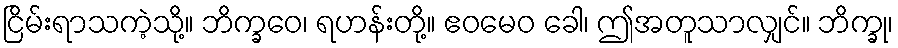
ငြိမ်းရာသကဲ့သို့။ ဘိက္ခဝေ၊ ရဟန်းတို့။ ဧဝမေဝ ခေါ၊ ဤအတူသာလျှင်။ ဘိက္ခု၊